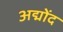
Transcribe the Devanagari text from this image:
अद्मोंद